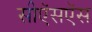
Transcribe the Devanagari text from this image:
सीऍसऍस